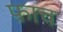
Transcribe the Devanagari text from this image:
फ़ाच